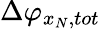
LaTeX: \Delta{{\varphi}_{{{x}_{N}},tot}}